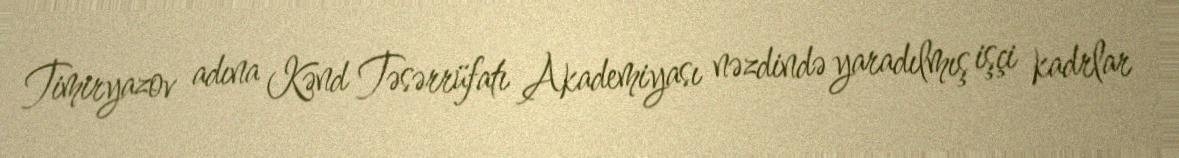
Timiryazov adına Kənd Təsərrüfatı Akademiyası nəzdində yaradılmış işçi kadrlar